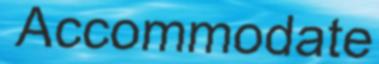
Accommodate